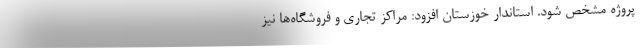
پروژه مشخص شود. استاندار خوزستان افزود: مراکز تجاری و فروشگاه‌ها نیز